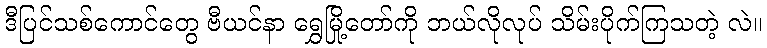
ဒီပြင်သစ်ကောင်တွေ ဗီယင်နာ ရွှေမြို့တော်ကို ဘယ်လိုလုပ် သိမ်းပိုက်ကြသတဲ့ လဲ။